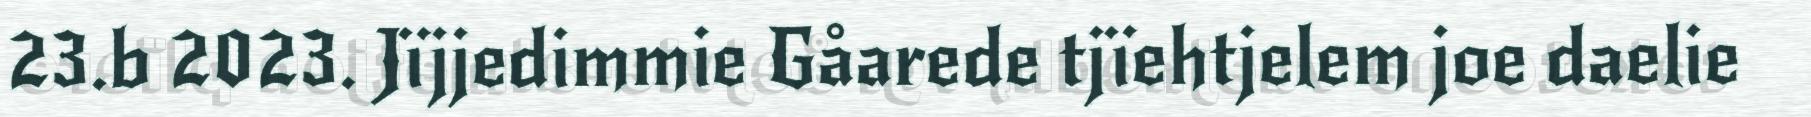
23.b 2023. Jïjjedimmie Gåarede tjïehtjelem joe daelie